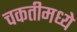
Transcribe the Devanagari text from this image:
चकतीमध्ये